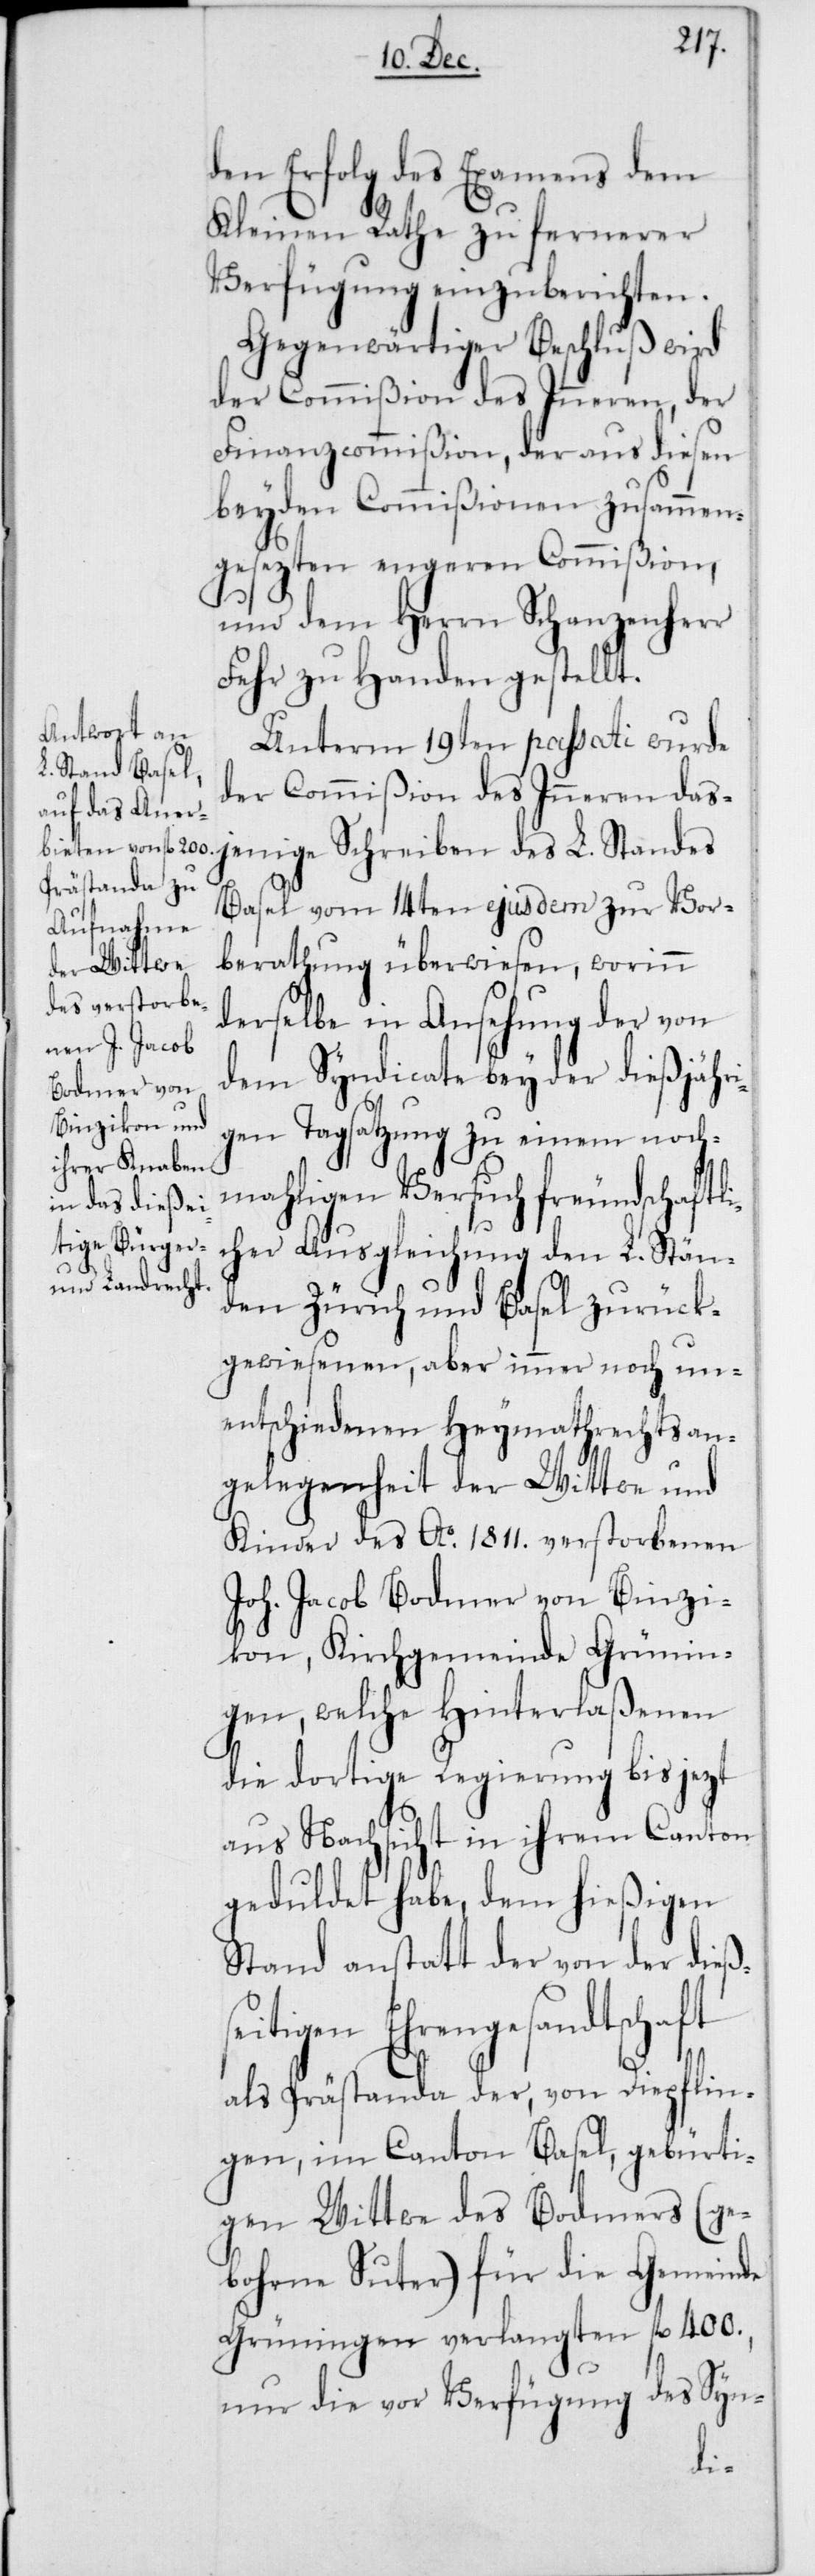
den Erfolg des Examens dem
Kleinen Rathe zu fernerer
Verfügung einzuberichten.
Gegenwärtiger Beschluß wird
der Commißion des Inneren, der
Finanzcommißion, der aus diesen
beyden Commißionen zusammen¬
gesezten engeren Commißion,
und dem Herrn Schanzenherr
Fehr zu Handen gestellt.
Unterm 19ten passati wurde
der Commißion des Inneren das¬
jenige Schreiben des L. Standes
Basel vom 14ten ejusdem zur Vor¬
berathung überwiesen, worinn
derselbe in Ansehung der von
dem Syndicate bey der dießjähri¬
gen Tagsatzung zu einem noch¬
mahligen Versuch freundschaftli¬
cher Ausgleichung den L. Stän¬
den Zürich und Basel zurück¬
gewiesenen, aber immer noch un¬
entschiedenen Heymathrechtsan¬
gelegenheit der Wittwe und
Kinder des Ao 1811. verstorbenen
Joh. Jacob Bodmer von Binzi¬
kon, Kirchgemeinde Grünin¬
gen, welche Hinterlaßenen
die dortige Regierung bis jezt
aus Nachsicht in ihrem Canton
geduldet habe, dem hießigen
Stand anstatt der von der dieß¬
seitigen Ehrengesandtschaft
als Prästanda der, von Diepflin¬
gen, im Canton Basel, gebürti¬
gen Wittwe des Bodmers (ge¬
bohrne Suter) für die Gemeinde
Grüningen verlangten fl. 400.,
nur die vor Verfügung des Syn-